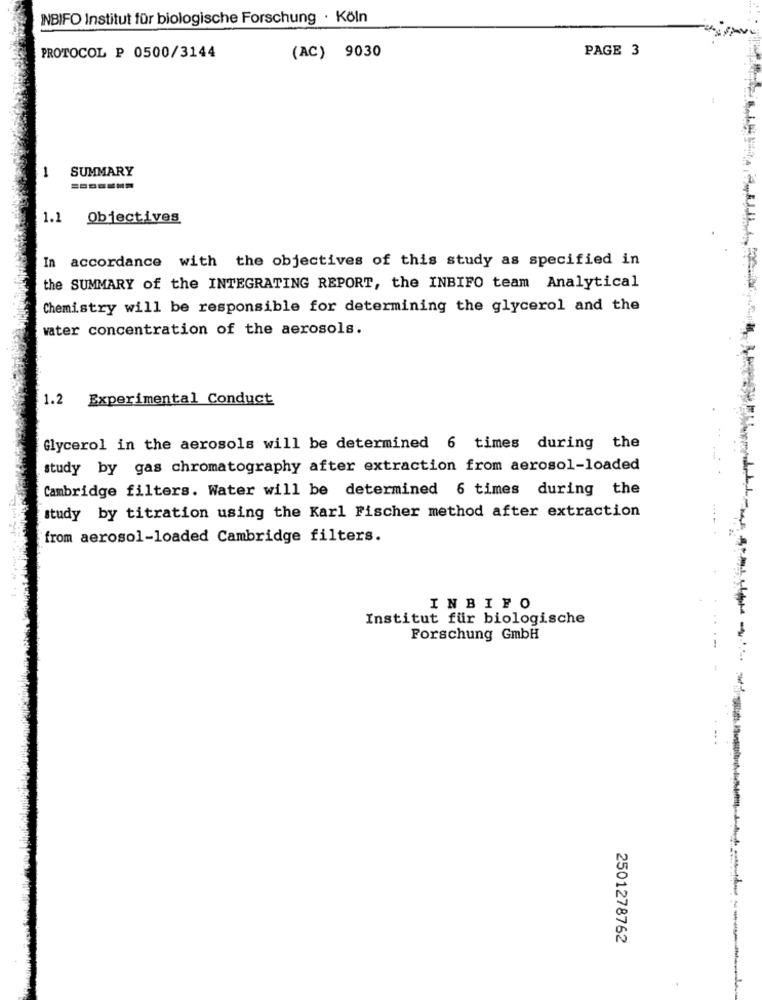
INBIFO Institut für biologische Forschung · Köln
PAGE 3
PROTOCOL P 0500/3144
(AC) 9030
1
SUMMARY
1.1 Objectives
In accordance with the objectives of this study as specified in
the SUMMARY of the INTEGRATING REPORT, the INBIFO team Analytical
Chemistry will be responsible for determining the glycerol and the
water concentration of the aerosols.
1.2
Experimental Conduct
Glycerol in the aerosols will be determined 6 times during the
study by gas chromatography after extraction from aerosol-loaded
Cambridge filters. Water will be determined 6 times during the
study by titration using the Karl Fischer method after extraction
from aerosol-loaded Cambridge filters.
INBIFO
Institut für biologische
Forschung GmbH
2501278762